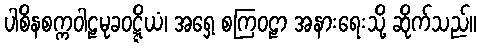
ပါစိနစက္ကဝါဠမုခဝဋ္ဋိယံ၊ အရှေ့ စကြဝဠာ အနားရေးသို့ ဆိုက်သည်။